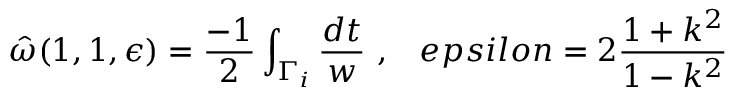
\hat { \omega } ( 1 , 1 , \epsilon ) = \frac { - 1 } { 2 } \int _ { \Gamma _ { i } } \frac { d t } { w } \ , \ \ \, e p s i l o n = 2 \frac { 1 + k ^ { 2 } } { 1 - k ^ { 2 } }